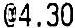
@4.30